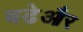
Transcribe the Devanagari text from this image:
बढेऔर